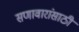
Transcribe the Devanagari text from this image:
सणावारांसाठी